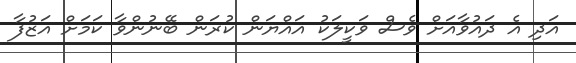
އަދި އެ ދައުވާއަށް ވެސް ވަކީލަކު އައްޔަން ކުރަން ބޭނުންވާ ކަމަށް އަޒުފާ